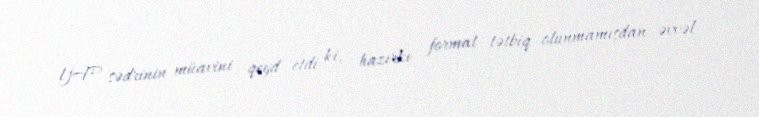
YAP sədrinin müavini qeyd etdi ki, hazırkı format tətbiq olunmamışdan əvvəl